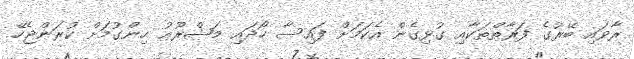
ރާވައި ބޭރުގެ ފަރާތްތަކާއި ގުޅިގެން އެކަމަށް ފައިސާ ހޯދައި މަޝްރޫޢު ހިންގުމަށް ކުރަންޖެހޭ